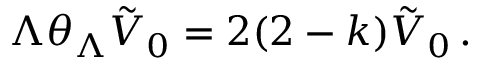
\Lambda \theta _ { \Lambda } \tilde { V } _ { 0 } = 2 ( 2 - k ) \tilde { V } _ { 0 } \, .